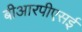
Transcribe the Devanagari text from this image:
बीआरपीएसई